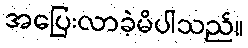
အပြေးလာခဲ့မိပါသည်။